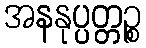
အနနုပ္ပတ္တဉ္စ